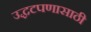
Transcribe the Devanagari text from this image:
उद्धटपणासाठी